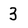
Character: 3